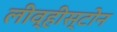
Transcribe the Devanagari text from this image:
लीव्हीस्टोन